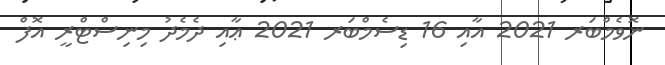
ނޮވެމްބަރ 2021 އާއި 16 ޑިސެމްބަރ 2021 ޢާއި ދެމެދު މިނިސްޓްރީ އޮފް